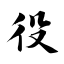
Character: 役